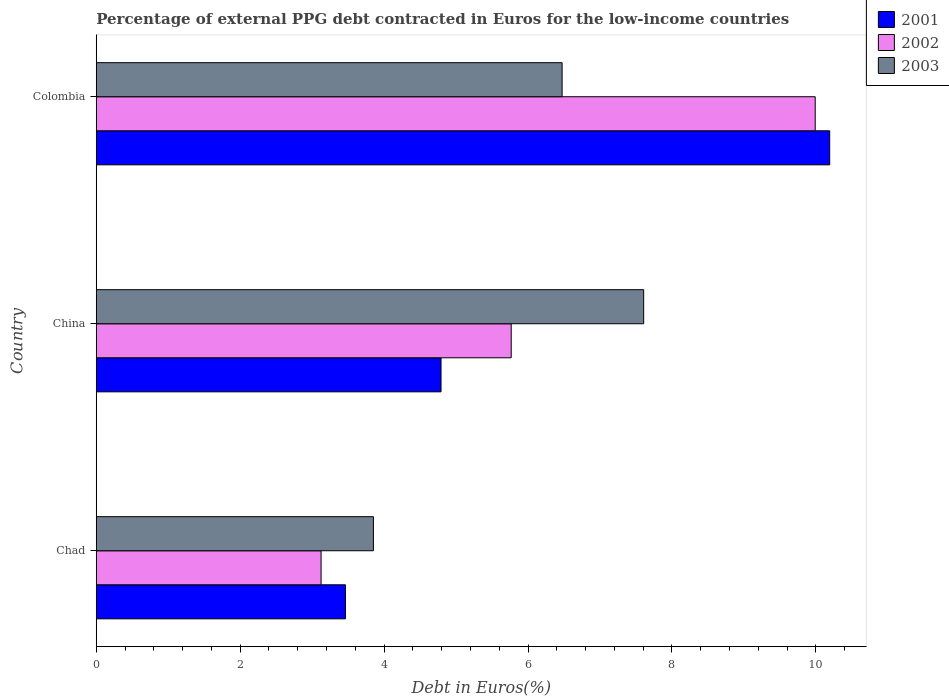
| Country | 2001 | 2002 | 2003 |
 | --- | --- | --- | --- |
 | Chad | 3.46 | 3.12 | 3.85 |
 | China | 4.79 | 5.77 | 7.61 |
 | Colombia | 10.2 | 9.99 | 6.47 |